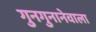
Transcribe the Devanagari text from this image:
गुनगुनानेवाला